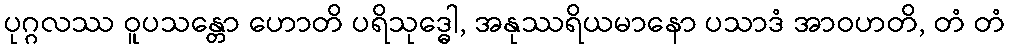
ပုဂ္ဂလဿ ဝူပသန္တော ဟောတိ ပရိသုဒ္ဓေါ, အနုဿရိယမာနော ပသာဒံ အာဝဟတိ, တံ တံ